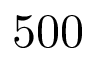
5 0 0